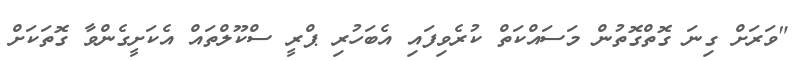
"ވަރަށް ގިނަ ގޮތްގޮތުން މަސައްކަތް ކުރެވިފައި އެބަހުރި ޕްރީ ސްކޫލްތައް އެކަށީގެންވާ ގޮތަކަށް